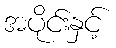
အပိုင်းနှင့်